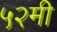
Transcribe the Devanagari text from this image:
५२मी